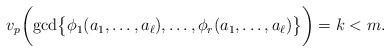
LaTeX: \begin{align*} v_p\biggl(\gcd \bigl\{ \phi_1(a_1, \ldots, a_\ell), \ldots, \phi_r(a_1, \ldots, a_\ell) \bigr\}\biggr) = k < m. \end{align*}